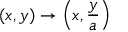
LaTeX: ( x , y ) \to \left( x , { \frac { y } { a } } \right)